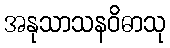
အနုသာသနဝိဓာသု